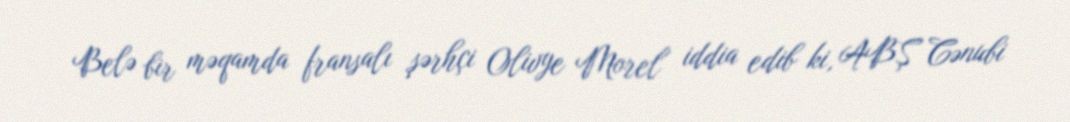
Belə bir məqamda fransalı şərhçi Olivye Morel iddia edib ki, ABŞ Cənubi